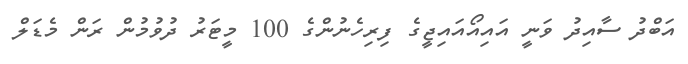
އަބްދު ސާއިދު ވަނީ އައިއޯއައިޖީގެ ފިރިހެނުންގެ 100 މީޓަރު ދުވުމުން ރަން މެޑަލް